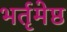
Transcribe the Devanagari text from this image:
भर्तृमेष्ठ